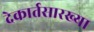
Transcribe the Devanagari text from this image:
देकार्तसारख्या